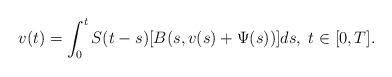
LaTeX: \begin{align*} v(t)=\int_{0}^{t}S(t-s)[B(s,v(s)+\Psi (s))]ds,\;t\in \lbrack 0,T].\end{align*}